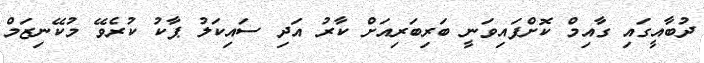
ދުބާއީގައި ގާއިމް ކޮށްފައިވަނީ ބަރިބަރިއަށް ކާރު އަދި ސައިކަލު ޕާކު ކުރެވޭ މުކޭނިޒަމް